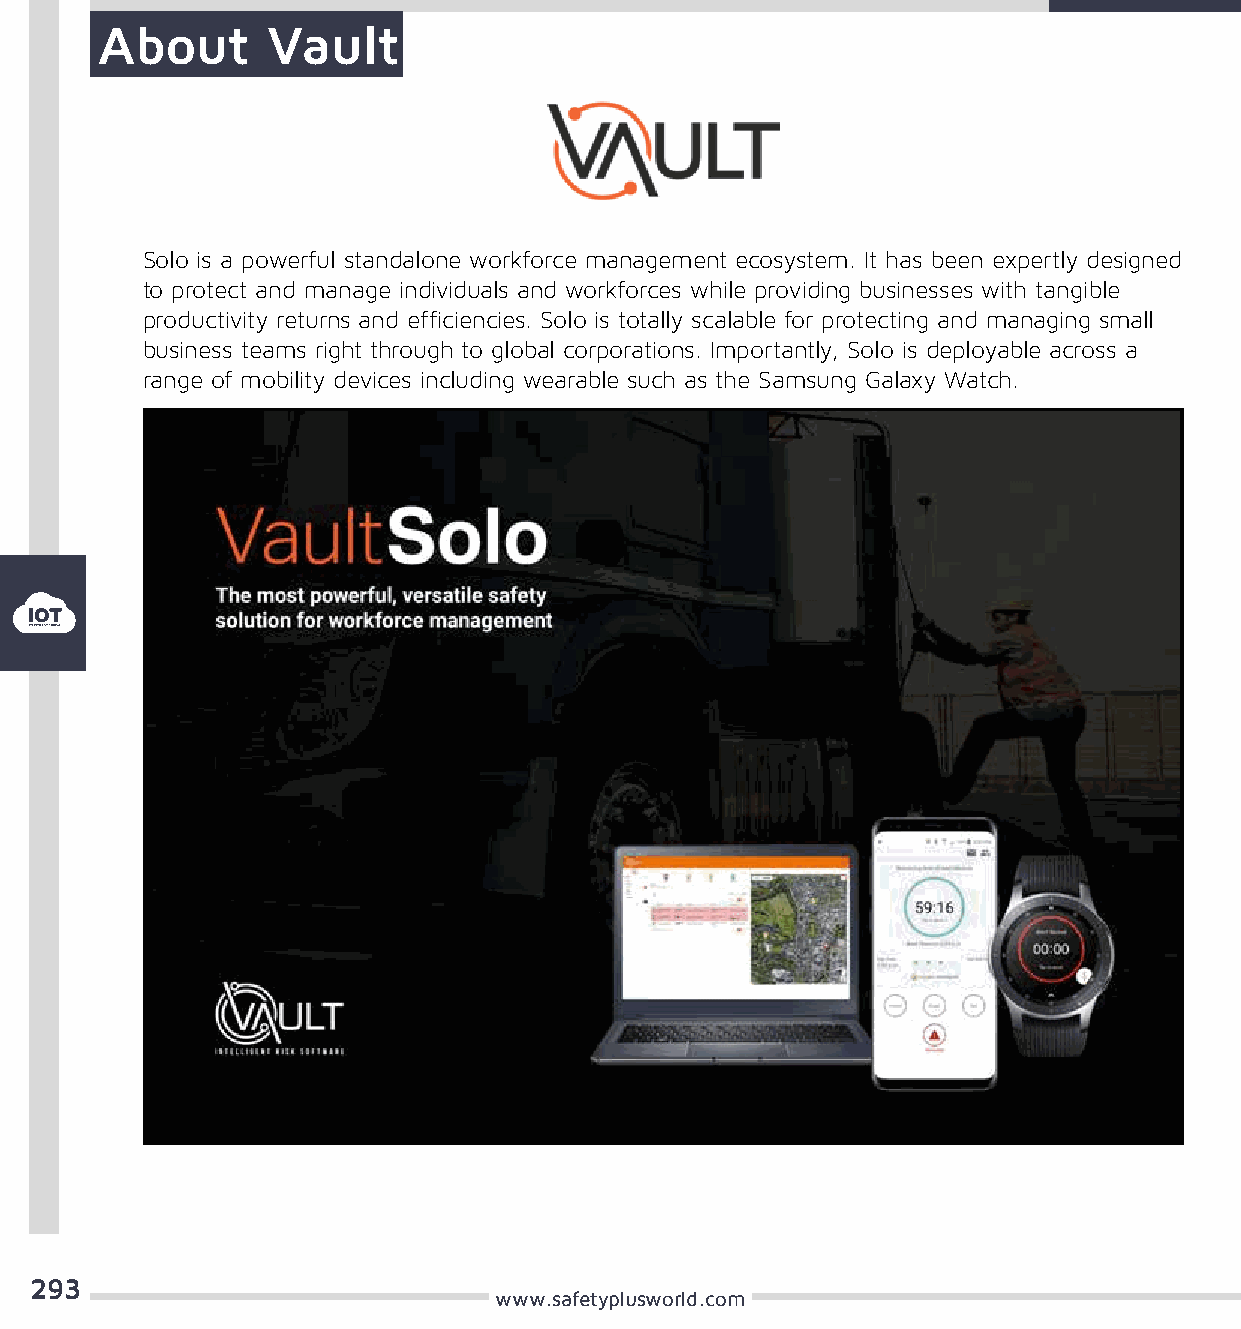
About       Vault
 Solo is a powerful standalone workforce management ecosystem. It has been expertly designed
 to protect and manage individuals and workforces while providing businesses with tangible
 productivity returns and efficiencies. Solo is totally scalable for protecting and managing small
 business teams right through to global corporations. Importantly, Solo is deployable across a
 range of mobility devices including wearable such as the Samsung Galaxy Watch.
 293
 www.safetyplusworld.com